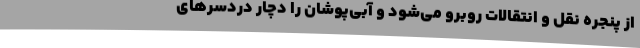
از پنجره نقل و انتقالات روبرو می‌شود و آبی‌پوشان را دچار دردسرهای